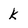
Character: k